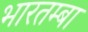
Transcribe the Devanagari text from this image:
भारतम्बा